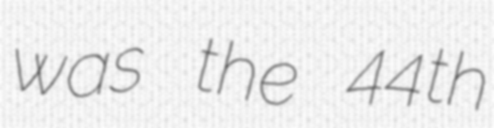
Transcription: was the 44th